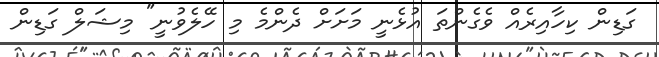
ގަޑިން ކިހާއިރެއް ވެގެންތަ އުޅެނީ މަށަށް ދެންމެ މި ހޭލެވުނީ" މިޝަލް ގަޑިން